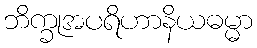
ဘိက္ခုအပရိဟာနိယဓမ္မာ